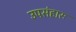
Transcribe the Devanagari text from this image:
उपसंहारः